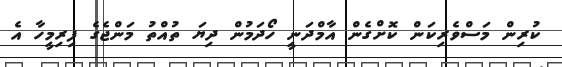
ކުރިން މަސްވެރިކަން ކޮށްގެން އާމްދަނީ ހޯދަމުން ދިޔަ ތުއްތު މަންޖެގެ ފިރިމީހާ އެ